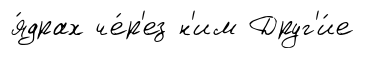
я́драх че́р'ез н'им Друг'и́е